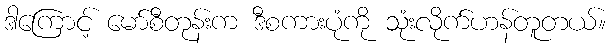
ဒါကြောင့် မော်စီတုန်းက ဒီစကားပုံကို သုံးလိုက်ဟန်တူတယ်။